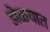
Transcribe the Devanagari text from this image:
डोळयात